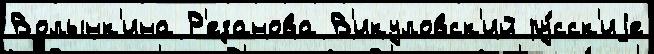
Волынк'ина Р'езанова В'икуловск'ий ру́сск'иjе